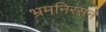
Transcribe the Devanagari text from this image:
भ्रमनिरसन